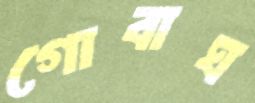
গোবাঘ